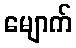
မျောက်